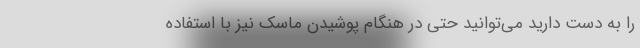
را به دست دارید می‌توانید حتی در هنگام پوشیدن ماسک نیز با استفاده